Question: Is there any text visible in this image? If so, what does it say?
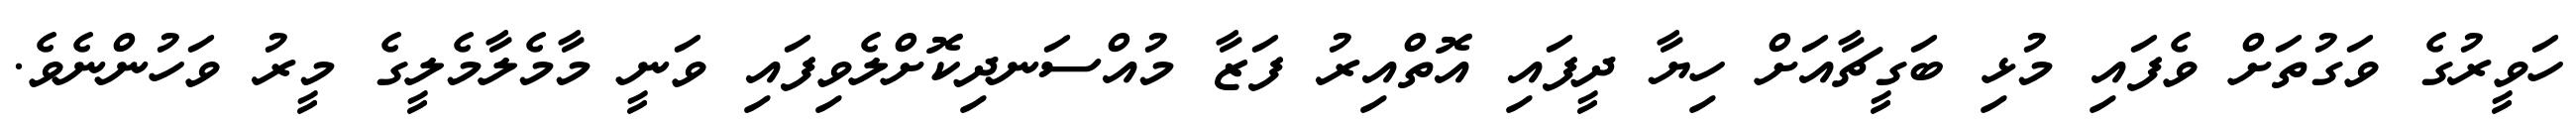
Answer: ހަވީރުގެ ވަގުތަށް ވެފައި މުޅި ބަގީޗާއަށް ހިޔާ ދީފައި އޮތްއިރު ފަޒާ މުއްސަނދިކޮށްލެވިފައި ވަނީ މާމެލާމެލީގެ މީރު ވަހުންނެވެ.